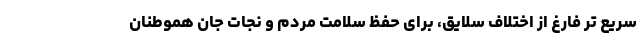
سریع تر فارغ از اختلاف سلایق، برای حفظ سلامت مردم و نجات جان هموطنان